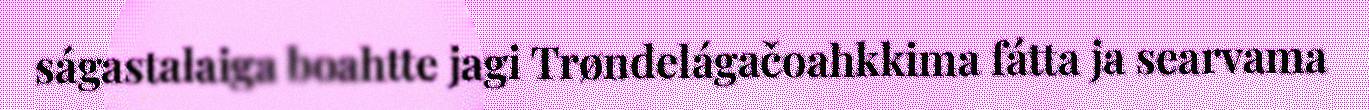
ságastalaiga boahtte jagi Trøndelágačoahkkima fátta ja searvama